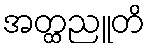
အတ္ထညူတိ